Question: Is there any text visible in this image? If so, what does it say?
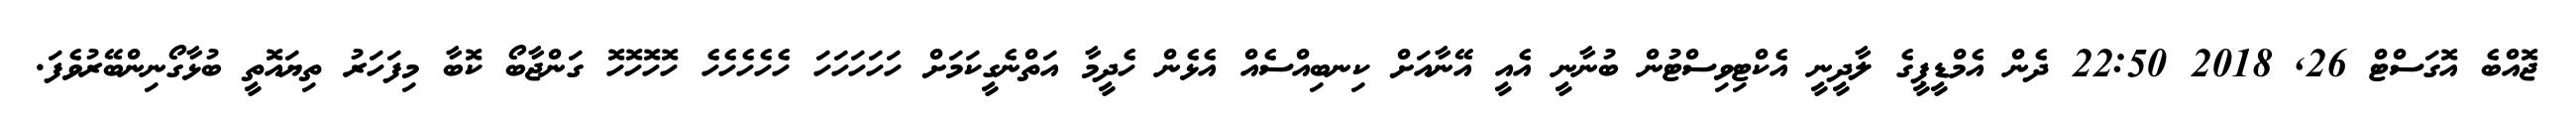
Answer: ޖޮއްބެ އޮގަސްޓް 26, 2018 22:50 ދެން އެމްޑީޕީގެ ލާދީނީ އެކްޓިވިސްޓުން ބުނާނީ އެއީ އޭނާއަށް ކިނބިއްސެއް އެޅެން ހެދީމާ އަތްނެގީކަމަށް ހަހަހަހަހަ ހެހެހެހެހެ ހޮހޮހޮހޮ ގަންޖާބޯ ކޮބާ މިފަހަރު ތިޔައޮތީ ބުޅާގޯނިންބޭރުވެފަ.